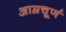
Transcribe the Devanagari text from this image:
आम्रचूर्ण